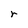
Character: r